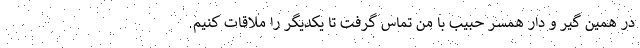
در همین گیر و دار همسر حبیب با من تماس گرفت تا یکدیگر را ملاقات کنیم.